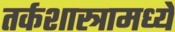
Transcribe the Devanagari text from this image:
तर्कशास्त्रामध्ये